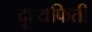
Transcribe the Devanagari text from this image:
दृश्यफिती